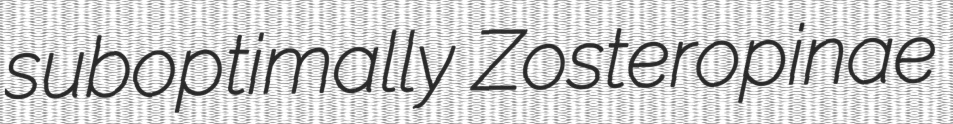
suboptimally Zosteropinae